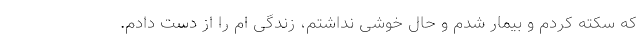
که سکته کردم و بیمار شدم و حال خوشی نداشتم، زندگی ام را از دست دادم.